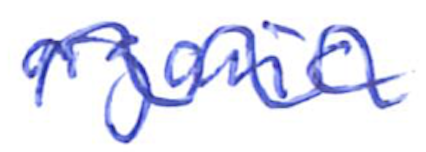
Text: organic
Cross-out: wave
Writing tool: ballpoint